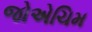
જોએચિમ